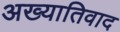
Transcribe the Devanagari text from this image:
अख्यातिवाद